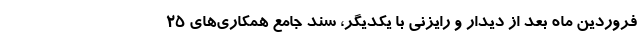
فروردین ماه بعد از دیدار و رایزنی با یکدیگر، سند جامع همکاری‌های ۲۵